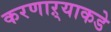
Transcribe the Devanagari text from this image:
करणाऱ्याकडे